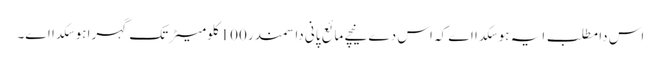
اس دا مطلب ایہ ہو سکدا اے کہ اس دے نیچے مائع پانی دا سمندر 100 کلومیٹر تک گہرا ہو سکدا ا‏‏ے۔